Janeda_(Ambla)_vallavalitsus, lk 22
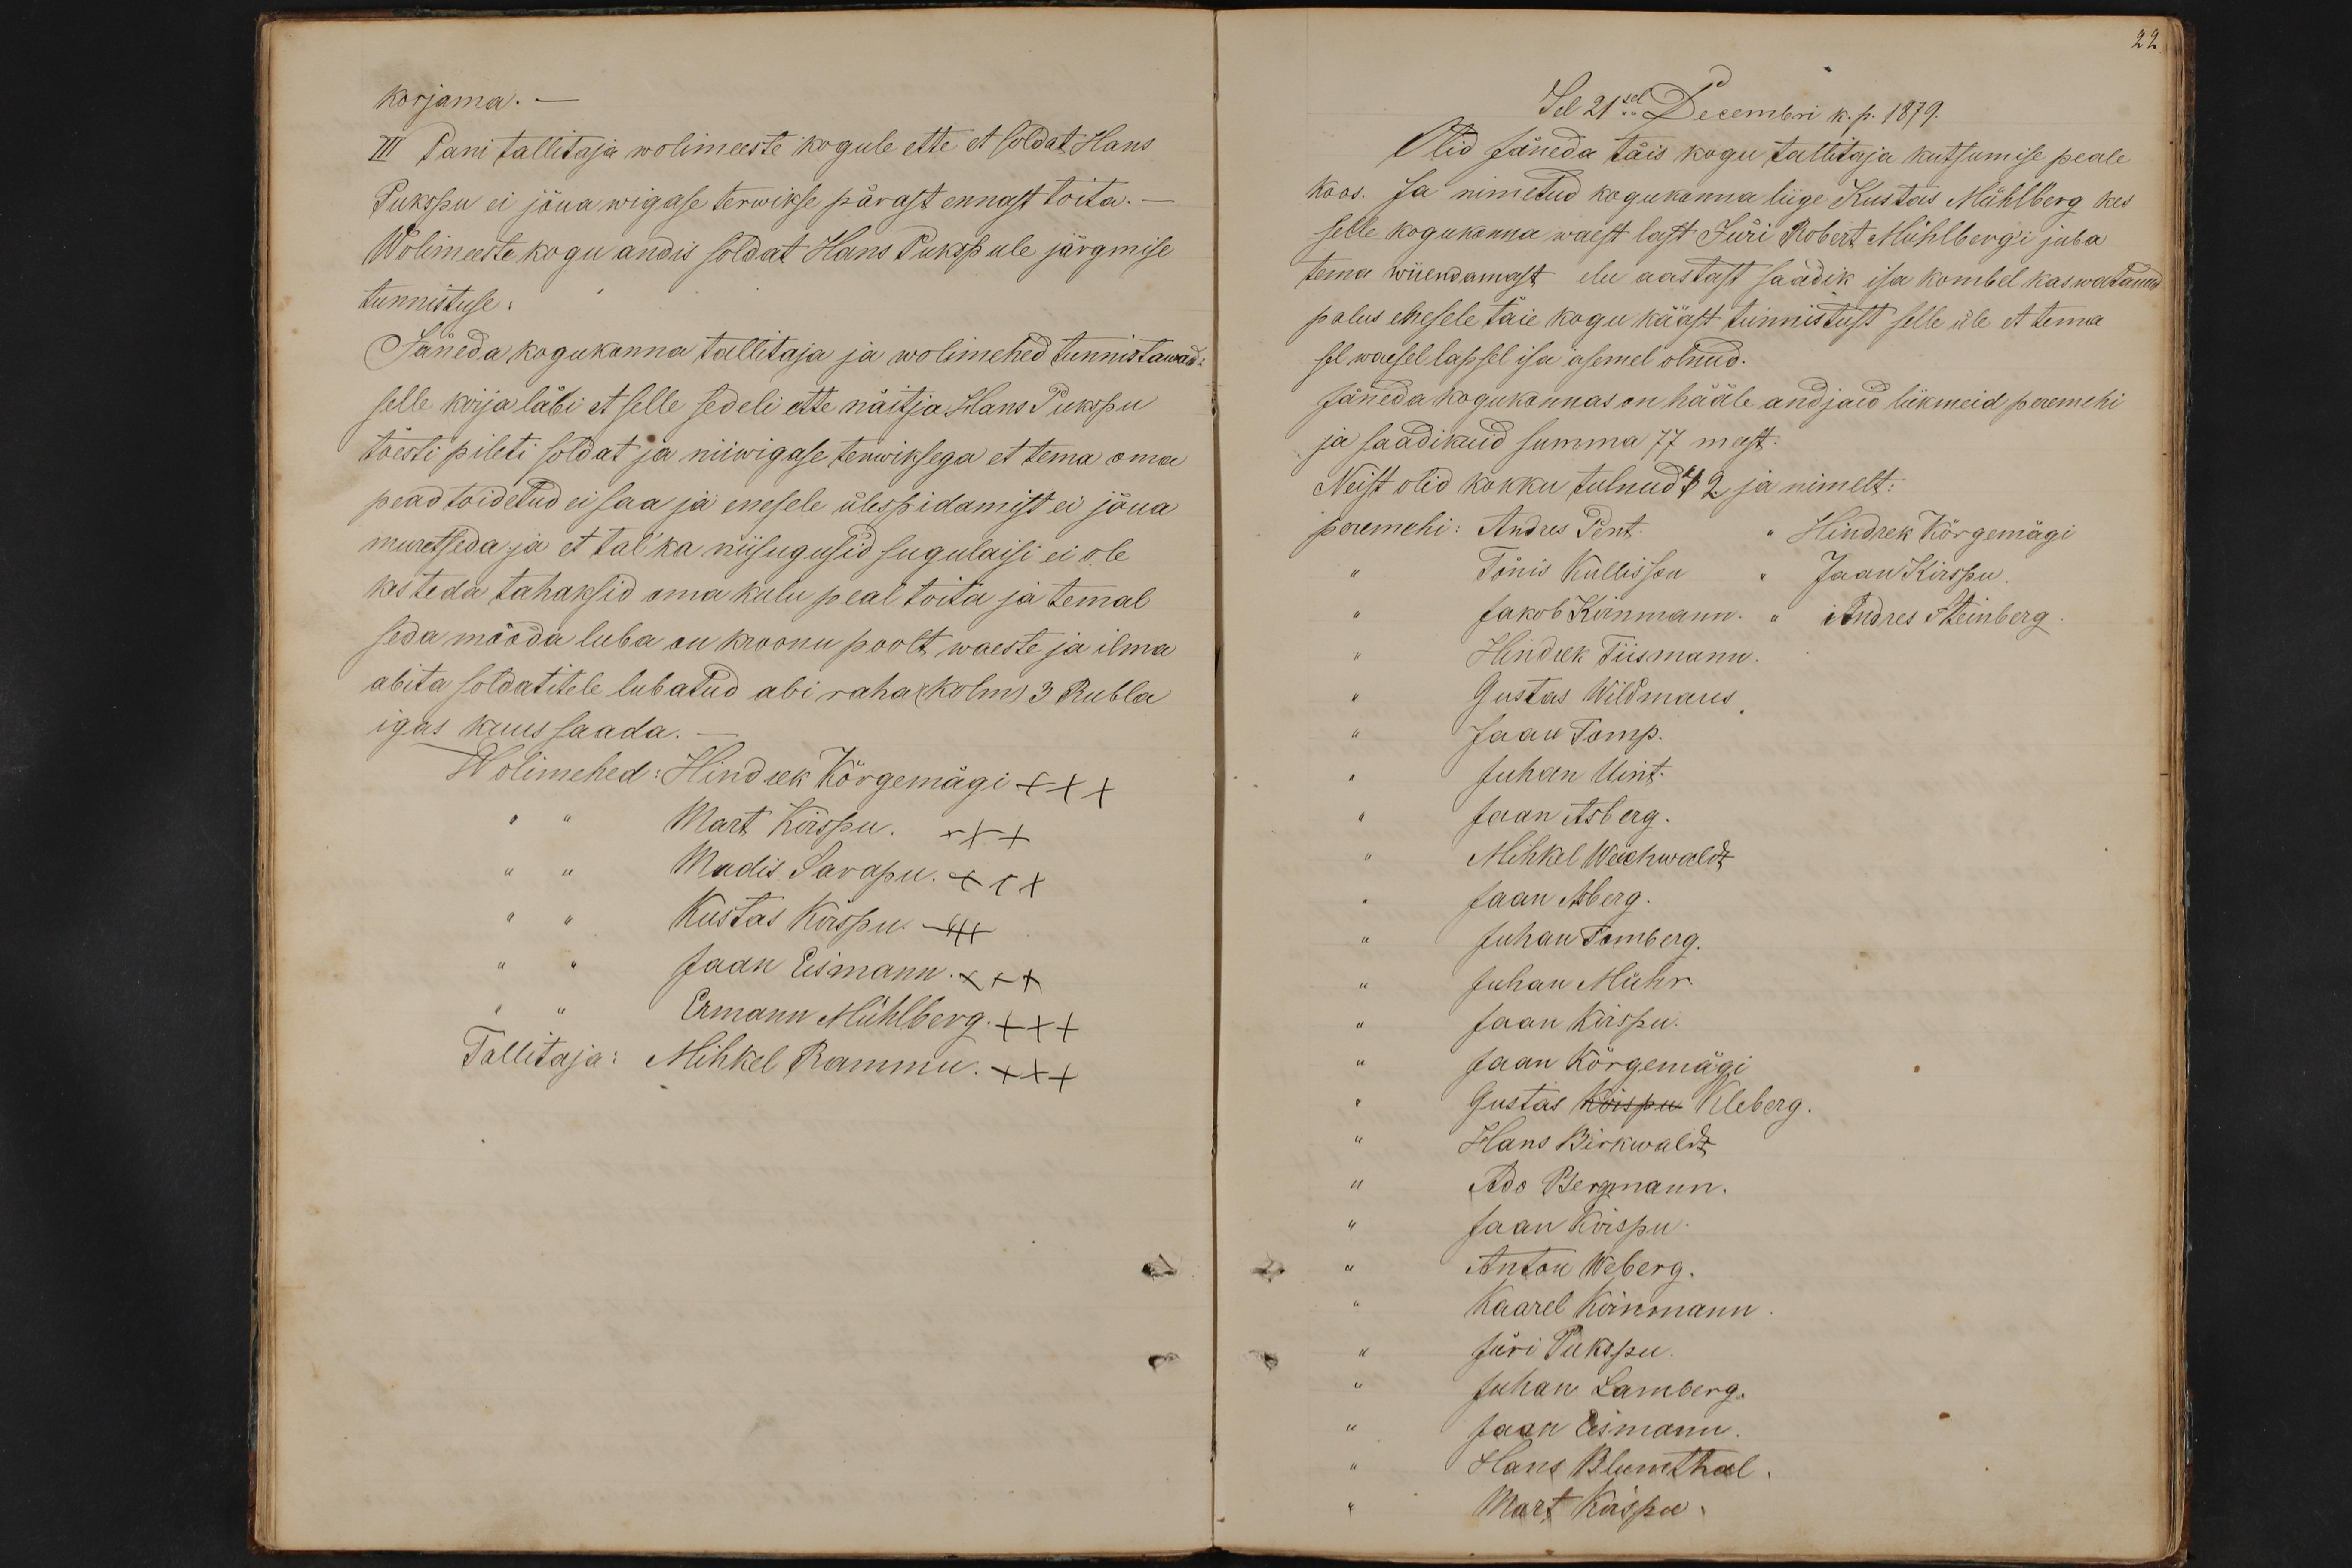
korjama.-
III Pani tallitaja wolimeeste kogule ette et soldat Hans
Pukspu ei jõua wigase terwikse pärast ennast toita.
Wolimeeste kogu andis soldat Hans Pukspule järgmise
tunnistuse
Jäneda kogukonna tallitaja ja wolimehed tunnistawad:
selle kirja läbi et selle sedeli ette näitja Hans Pukspu
tõesti pileti soldat ja niiwigase terwiksega et tema oma
pead toidetud ei saa ja enesele ülespidamist ei jõua
muretseda ja et tal ka niisugusid sugulaisi ei ole
kes teda tahaksid oma kulu peal toita ja temal
seda mööda luba on kroonu poolt waeste ja ilma
abita soldatitele lubatud abi raha (kolm) 3 Rubla
igas kuus saada.
Wolimehed: Hindrek Kõrgemägi +++
Mart Kirspu. +++
Madis Sarapu. +++
Kustas Kirspu. +++
Jaan Eismann. XXX
Ermann Mühlberg. +++
Tallitaja: Mihkel Rammu. +++

22.
Sel 21sel Decembri k. p. 1879.
Olid Jäneda täis kogu tallitaja kutsumise peale
koos. Ja nimetud kogukonna liige Kustas Mühlberg kes
selle kogukonna waest last Jüri Robert Mühlberg'i juba
tema wiiendamast elu aastast saadik isa kombel kaswatanud
palus enesele täie kogu kääst tunnistust selle üle et tema
sel waesel lapsel isa asemel olnud.
Jäneda kogukonnas on hääle andjaid liikmeid peremehi
ja saadikuid summa 77 meest.
Neist olid kokku tulnud 42 ja nimelt:
peremehi: Andres Pent.
Hindrek Kõrgemägi
Tõnis Kullisson
Jaan Kirspu
Jakob Kirnmann.
Andres Steinberg
Hindek Tiismann
Gustas Wildmaus
Jaan Tomp.
Juhan Uint.
Jaan Asberg.
Mihkel Weichwaldt
Jaan Asberg
Juhan Tomberg.
Juhan Mühr.
Jaan Kirspu.
Jaan Kõrgemägi
Gustas Kirspu Kleberg.
Hans Birkwaldt
Ado Bergmann.
Jaan Kirspu.
Anton Weberg.
Kaarel Kirnmann
Jüri Pukspu.
Juhan Lamberg.
Jaan Eismann
Hans Blumthal.
Mart Kirspu.